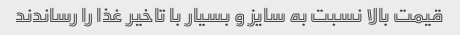
قیمت بالا نسبت به سایز و بسیار‌ با تاخیر غذا‌ را رساندند